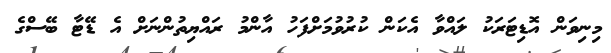
މިނިވަން އޮޑިޓަރަކު ލައްވާ އެކަން ކުރުވުމަށްފަހު އާންމު ރައްޔިތުންނަށް އެ ޑޭޓާ ބޭސްގެ